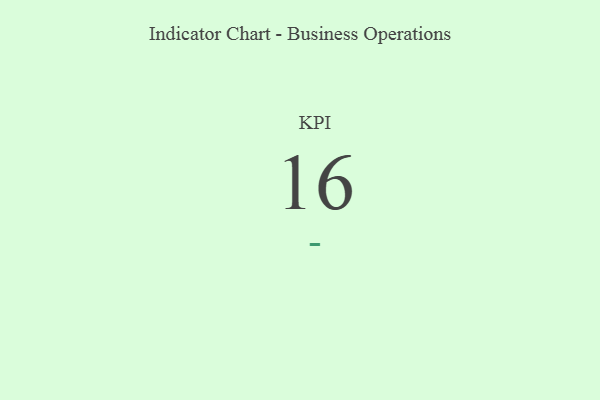
{"axis": {"x": "KPI", "y": "Value"}, "legend": [""], "data": [{"x": "KPI", "y": 16, "type": ""}]}